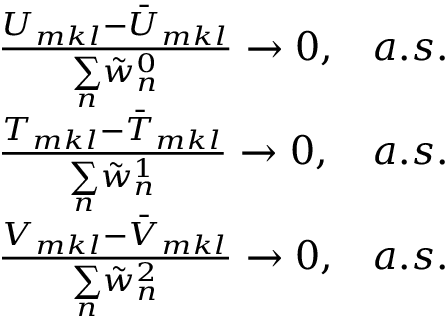
\begin{array} { r l r } & { \frac { U _ { m k l } - \bar { U } _ { m k l } } { \underset { n } { \sum } \tilde { w } _ { n } ^ { 0 } } \rightarrow 0 , } & { a . s . } \\ & { \frac { T _ { m k l } - \bar { T } _ { m k l } } { \underset { n } { \sum } \tilde { w } _ { n } ^ { 1 } } \rightarrow 0 , } & { a . s . } \\ & { \frac { V _ { m k l } - \bar { V } _ { m k l } } { \underset { n } { \sum } \tilde { w } _ { n } ^ { 2 } } \rightarrow 0 , } & { a . s . } \end{array}